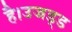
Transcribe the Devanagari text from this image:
है।उजड्ड